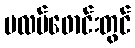
ပလပ်ဖောင်းတွင်